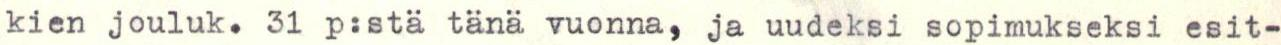
kien jouluk. 31 p:stä tänä vuonna, ja uudeksi sopimukseksi esit-